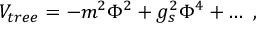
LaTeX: V _ { \small { t r e e } } = - m ^ { 2 } \Phi ^ { 2 } + g _ { s } ^ { 2 } \Phi ^ { 4 } + \dots ~ ,